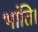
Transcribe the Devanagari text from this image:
भांति।